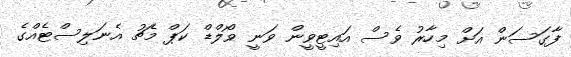
ފާގަސަން އަށް މިހާރު ވެސް އައިޓީވީން ވަނީ ވޯލްޑް ކަޕް މެޗު އެނަލިސްޓެއްގެ